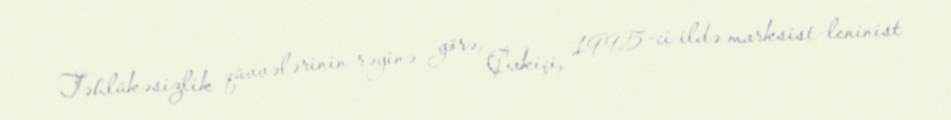
Təhlükəsizlik qüvvələrinin rəyinə görə, Çakiçi, 1995-ci ildə marksist-leninist